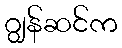
ဂျွန်ဆင်က